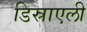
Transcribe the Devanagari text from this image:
डिस्राएली